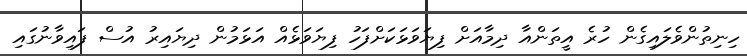
ހިނިތުންވެލައިގެން ހުރެ އީތަންއާ ދިމާއަށް ފިޔަވަޅަކަށްފަހު ފިޔަވަޅެއް އަޅަމުން ދިޔައިރު އުސް ފައިވާނުގައި